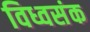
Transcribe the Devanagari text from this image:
विध्वसंक